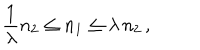
LaTeX: \frac { 1 } { \lambda } n _ { 2 } \leq n _ { 1 } \leq \lambda \, n _ { 2 } \, ,